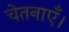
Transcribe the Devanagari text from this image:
चेतनाएँ।